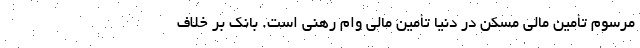
مرسوم تأمین مالی مسکن در دنیا تأمین مالی وام رهنی است. بانک بر خلاف